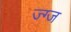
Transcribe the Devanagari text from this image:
ज्ग्ज